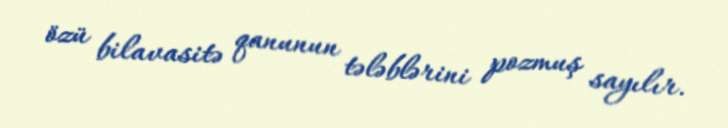
özü bilavasitə qanunun tələblərini pozmuş sayılır.